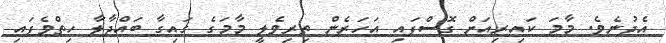
އެދުނެވެ. މާމަ ކައިރިއަށް ގޮސްފައި އަހަރެން ތިރިވެލީ މާމަގެ ގައިގާ ބައްދާލާ ހިތްވެފައި